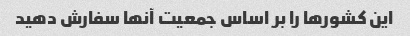
این کشورها را بر اساس جمعیت آنها سفارش دهید